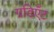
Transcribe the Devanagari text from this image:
ग्रडिएँट